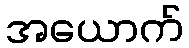
အယောက်